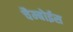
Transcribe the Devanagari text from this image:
चैम्बोईस